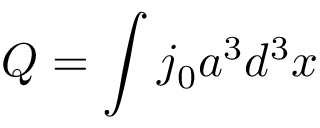
Q = \int j _ { 0 } a ^ { 3 } d ^ { 3 } x